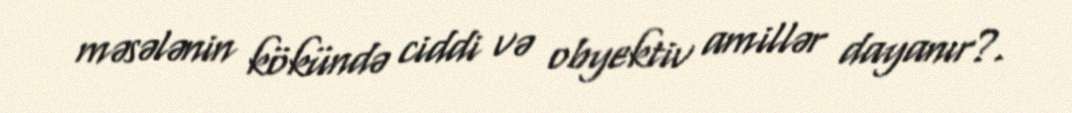
məsələnin kökündə ciddi və obyektiv amillər dayanır?.